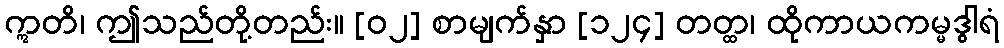
ဣတိ၊ ဤသည်တို့တည်း။ [၀၂] စာမျက်နှာ [၁၂၄] တတ္ထ၊ ထိုကာယကမ္မဒွါရံ